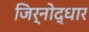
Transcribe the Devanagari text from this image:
जिर्नोद्धार